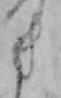
き